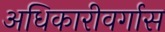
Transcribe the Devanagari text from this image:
अधिकारीवर्गास